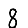
Digit: 8